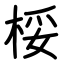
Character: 桵